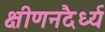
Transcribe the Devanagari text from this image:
क्षीणनदैर्ध्य